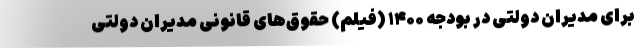
برای مدیران دولتی در بودجه ۱۴۰۰ (فیلم) حقوق‌های قانونی مدیران دولتی